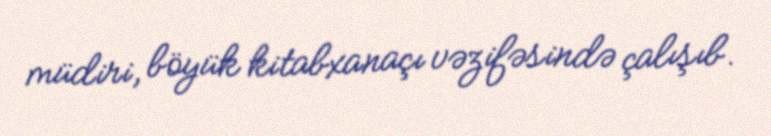
müdiri, böyük kitabxanaçı vəzifəsində çalışıb.